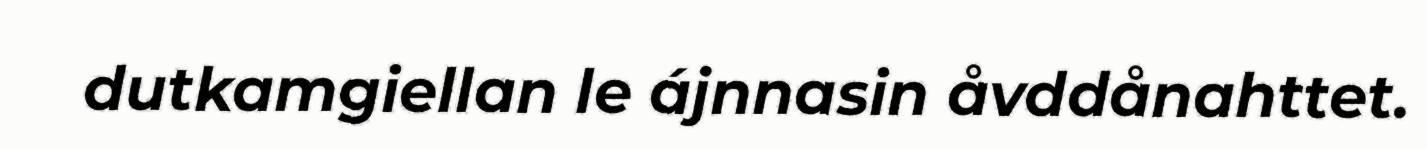
dutkamgiellan le ájnnasin åvddånahttet.